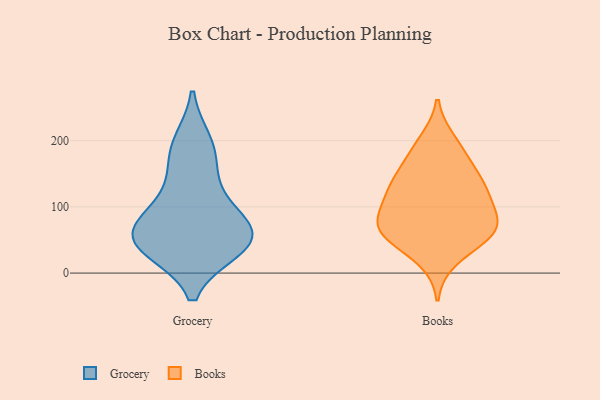
{"axis": {"x": "Bounce Rate (%)", "y": "Value"}, "legend": ["Books", "Grocery"], "data": [{"x": "", "y": 196, "type": "Grocery"}, {"x": "", "y": 54, "type": "Grocery"}, {"x": "", "y": 45, "type": "Grocery"}, {"x": "", "y": 93, "type": "Grocery"}, {"x": "", "y": 67, "type": "Grocery"}, {"x": "", "y": 37, "type": "Grocery"}, {"x": "", "y": 179, "type": "Grocery"}, {"x": "", "y": 40, "type": "Grocery"}, {"x": "", "y": 65, "type": "Grocery"}, {"x": "", "y": 131, "type": "Grocery"}, {"x": "", "y": 115, "type": "Books"}, {"x": "", "y": 110, "type": "Books"}, {"x": "", "y": 73, "type": "Books"}, {"x": "", "y": 83, "type": "Books"}, {"x": "", "y": 62, "type": "Books"}, {"x": "", "y": 131, "type": "Books"}, {"x": "", "y": 162, "type": "Books"}, {"x": "", "y": 199, "type": "Books"}, {"x": "", "y": 132, "type": "Books"}, {"x": "", "y": 186, "type": "Books"}, {"x": "", "y": 80, "type": "Books"}, {"x": "", "y": 57, "type": "Books"}, {"x": "", "y": 55, "type": "Books"}, {"x": "", "y": 141, "type": "Books"}, {"x": "", "y": 21, "type": "Books"}, {"x": "", "y": 61, "type": "Books"}]}